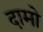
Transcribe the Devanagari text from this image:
दामो